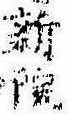
新院